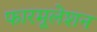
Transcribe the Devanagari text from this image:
फारमूलेशन